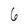
Character: 6